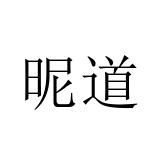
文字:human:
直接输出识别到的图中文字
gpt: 昵道